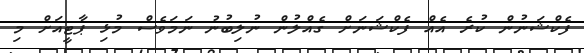
ފެކްޝަނުން ކުރެ އެއް ފެކްޝަނަށް ގެއްލުން ނުލިބުނު ނަމަވެސް މުޅި ޕާޓީއަށް މި